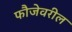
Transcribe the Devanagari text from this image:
फौजेवरील